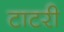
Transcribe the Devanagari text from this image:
टाटरी